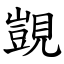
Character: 覬